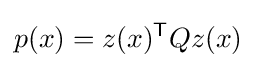
p(x)=z(x)^{\mathsf {T}}Qz(x)